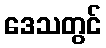
ဒေသတွင်